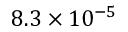
8 . 3 \times 1 0 ^ { - 5 }